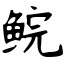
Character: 鲩